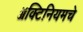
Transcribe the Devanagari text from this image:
ॲक्टिनियमचे